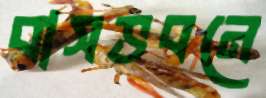
বাসভবনে